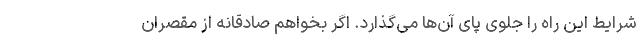
شرایط این راه را جلوی پای آن‌ها می‌گذارد. اگر بخواهم صادقانه از مقصران